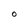
Character: O